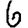
Digit: 6